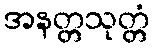
အနတ္တသုတ္တံ